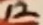
Text: 12